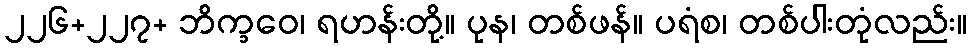
၂၂၆+၂၂၇+ ဘိက္ခဝေ၊ ရဟန်းတို့။ ပုန၊ တစ်ဖန်။ ပရံစ၊ တစ်ပါးတုံလည်း။